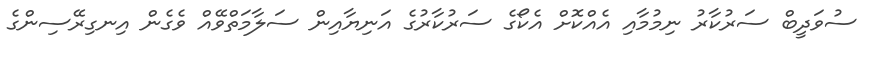
ސުވަދީބް ސަރުކާރު ނިމުމާއި އެއްކޮށް އެކޯގެ ސަރުކާރުގެ އަނިޔާއިން ސަލާމަތްވޭއް ވެގެން އިނގިރޭސިންގެ